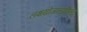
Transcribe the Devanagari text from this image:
लक्षयोजनप्रमिताः